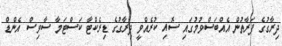
ދިރާގުގެ ފަރާތުން އެއްބަސްވުމުގައި ސޮއި ކުރެއްވީ ދިރާގުގެ ޑިރެކްޓާ ކަސްޓަމާ ސާވިސް އެންޑް